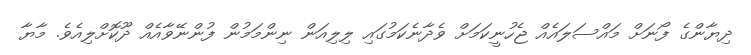
ދިޔާންގެ ފޯނަށް މައްސަލައެއް ޖެހުނީކަމަށް ވެދާނެކަމުގައި ލިލިއަން ނިންމަމުން ފުންނޭވާއެއް ދޫކޮށްލިއެވެ. މާޔާ